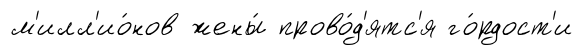
м'илл'ио́нов жены́ прово́д'ятс'я го́рдост'и